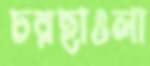
চরছাওলা